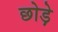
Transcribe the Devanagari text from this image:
छोड़े़